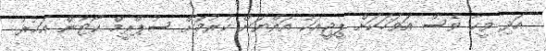
އަދި ވީހާ ވެސް އަވަހަކަށް ޕީޖީއަކު އައްޔަން ކުރުމަށް ސުޕްރީމް ކޯޓުން އަމުރު